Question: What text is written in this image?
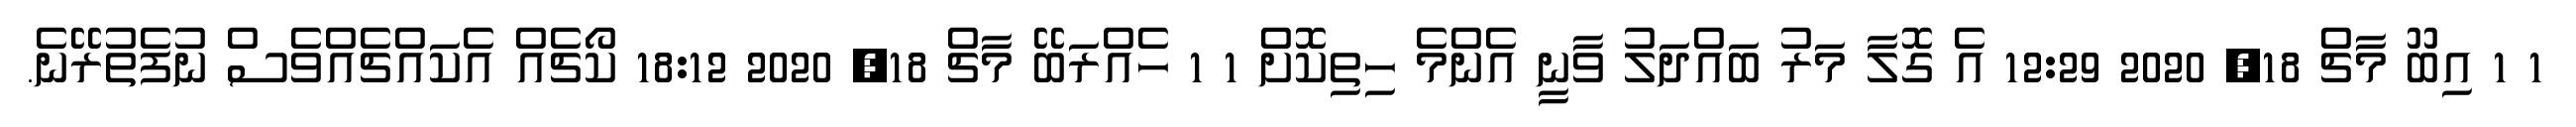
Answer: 1 1 އިބޫ މާޗް 18, 2020 12:29 އެ ގޮލާ މަރު ބައްދަލު ވާނީ އެންމެ ހިތިކޮށް 1 1 ހެއްރަބޭ މާޗް 18, 2020 18:12 ކޯޗެއް އެކައްޗެއްވެސް ނުފެތުރޭނެ.